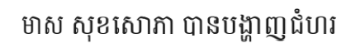
មាស សុខសោភា បានបង្ហាញជំហរ